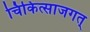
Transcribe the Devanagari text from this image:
चिकित्साजगत्